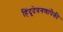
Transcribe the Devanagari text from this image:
हिंदूदेवगणांपैकी